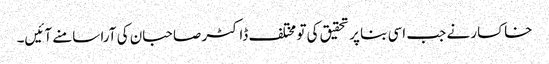
خاکسار نے جب اسی بنا پر تحقیق کی تو مختلف ڈاکٹر صاحبان کی آرا سامنے آئیں۔